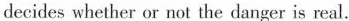
decides whether or not the danger is real.